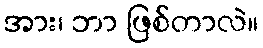
အား၊ ဘာ ဖြစ်တာလဲ။